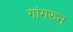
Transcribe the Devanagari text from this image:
गांगरुन